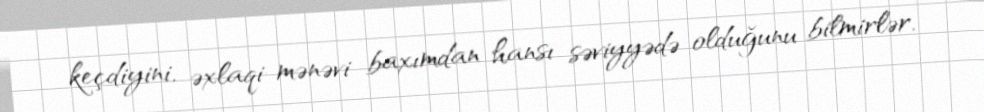
keçdiyini, əxlaqi-mənəvi baxımdan hansı səviyyədə olduğunu bilmirlər.